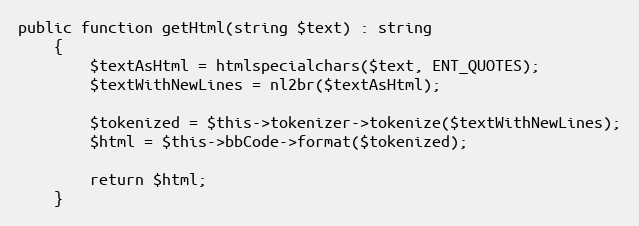
Language: PHP
public function getHtml(string $text) : string
    {
        $textAsHtml = htmlspecialchars($text, ENT_QUOTES);
        $textWithNewLines = nl2br($textAsHtml);

        $tokenized = $this->tokenizer->tokenize($textWithNewLines);
        $html = $this->bbCode->format($tokenized);

        return $html;
    }